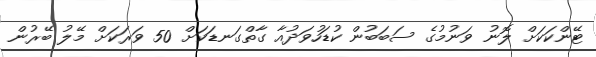
ޓޭންކަކަށް ލޮނު ވަނުމުގެ ސަބަބުން ކުޑަހުވަދުއާ ގާތްގަނޑަކަށް 50 ވަރަކަށް މޭލު ބޭރުން